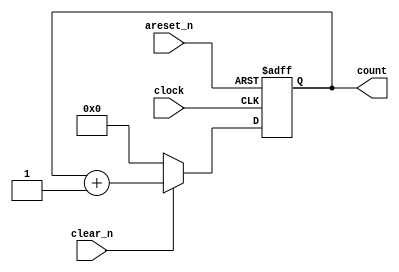
module contador_basico (
    clock,areset_n,clear_n, count);

    input clock;
    input areset_n;
    input clear_n;
    output reg [4:0] count;

always @ (posedge clock or negedge areset_n)
    if (!areset_n) 
        begin
            count <= 5'b00000;
        end
    else
        if (clear_n)
            count <= count + 5'b1;
        else
            count <= 5'b00000;
endmodule